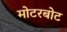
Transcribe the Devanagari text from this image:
मोटरबोट